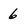
Character: 6